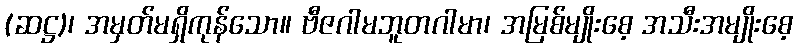
(ဆဋ္ဌ)၊ အမှတ်မရှိကုန်သော။ ဗီဇဂါမဘူတဂါမာ၊ အမြစ်မျိုးစေ့ အသီးအမျိုးစေ့